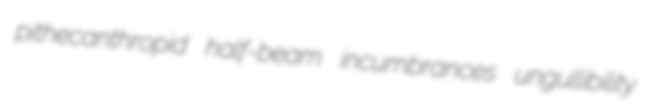
pithecanthropid half-beam incumbrances ungullibility